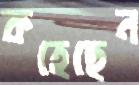
কহেছেন